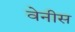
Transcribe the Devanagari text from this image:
वेनीस